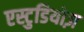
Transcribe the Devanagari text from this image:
एस्टुडियोज़